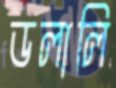
ডলালি